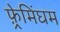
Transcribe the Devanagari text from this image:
फ़्रेमिंघम